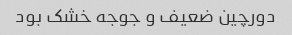
دورچین ضعیف و جوجه خشک بود